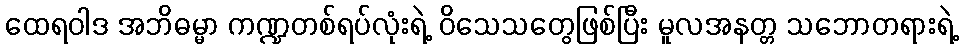
ထေရဝါဒ အဘိဓမ္မာ ကဏ္ဍတစ်ရပ်လုံးရဲ့ ဝိသေသတွေဖြစ်ပြီး မူလအနတ္တ သဘောတရားရဲ့